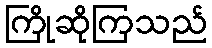
ကြိုဆိုကြသည်